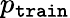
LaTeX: p_{\mathtt{train}}